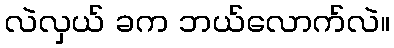
လဲလှယ် ခက ဘယ်လောက်လဲ။